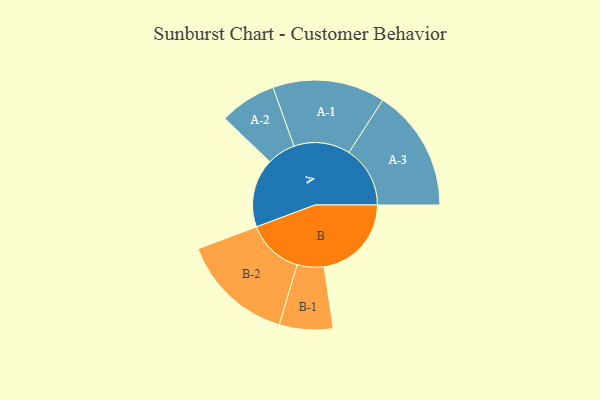
{"axis": {"x": "Segment", "y": "Value"}, "legend": ["", "A", "B"], "data": [{"x": "A", "y": 334, "type": ""}, {"x": "B", "y": 424, "type": ""}, {"x": "A-1", "y": 273, "type": "A"}, {"x": "A-2", "y": 138, "type": "A"}, {"x": "A-3", "y": 297, "type": "A"}, {"x": "B-1", "y": 130, "type": "B"}, {"x": "B-2", "y": 275, "type": "B"}]}